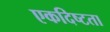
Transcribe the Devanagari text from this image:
एकदिष्टता